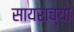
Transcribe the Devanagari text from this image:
सायराच्या